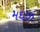
મઘઝ